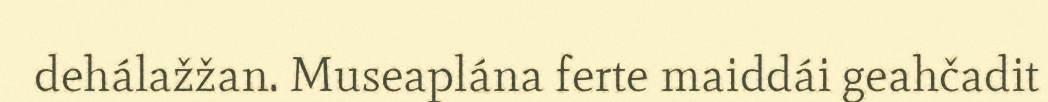
dehálažžan. Museaplána ferte maiddái geahčadit